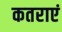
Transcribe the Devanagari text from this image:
कतराएं